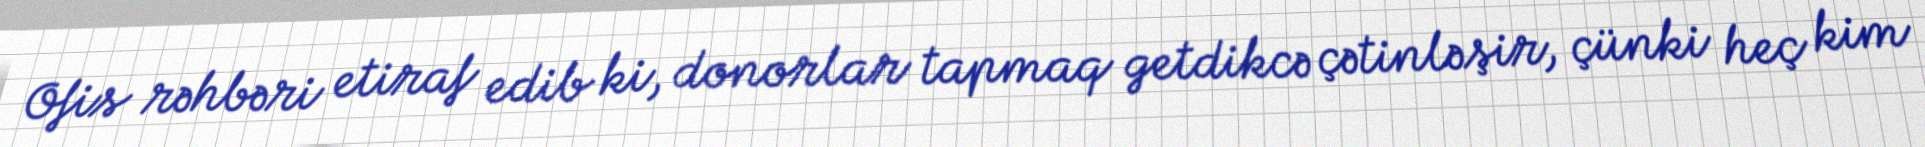
Ofis rəhbəri etiraf edib ki, donorlar tapmaq getdikcə çətinləşir, çünki heç kim